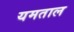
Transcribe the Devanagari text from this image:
यमताल